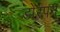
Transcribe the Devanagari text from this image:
डोरपन